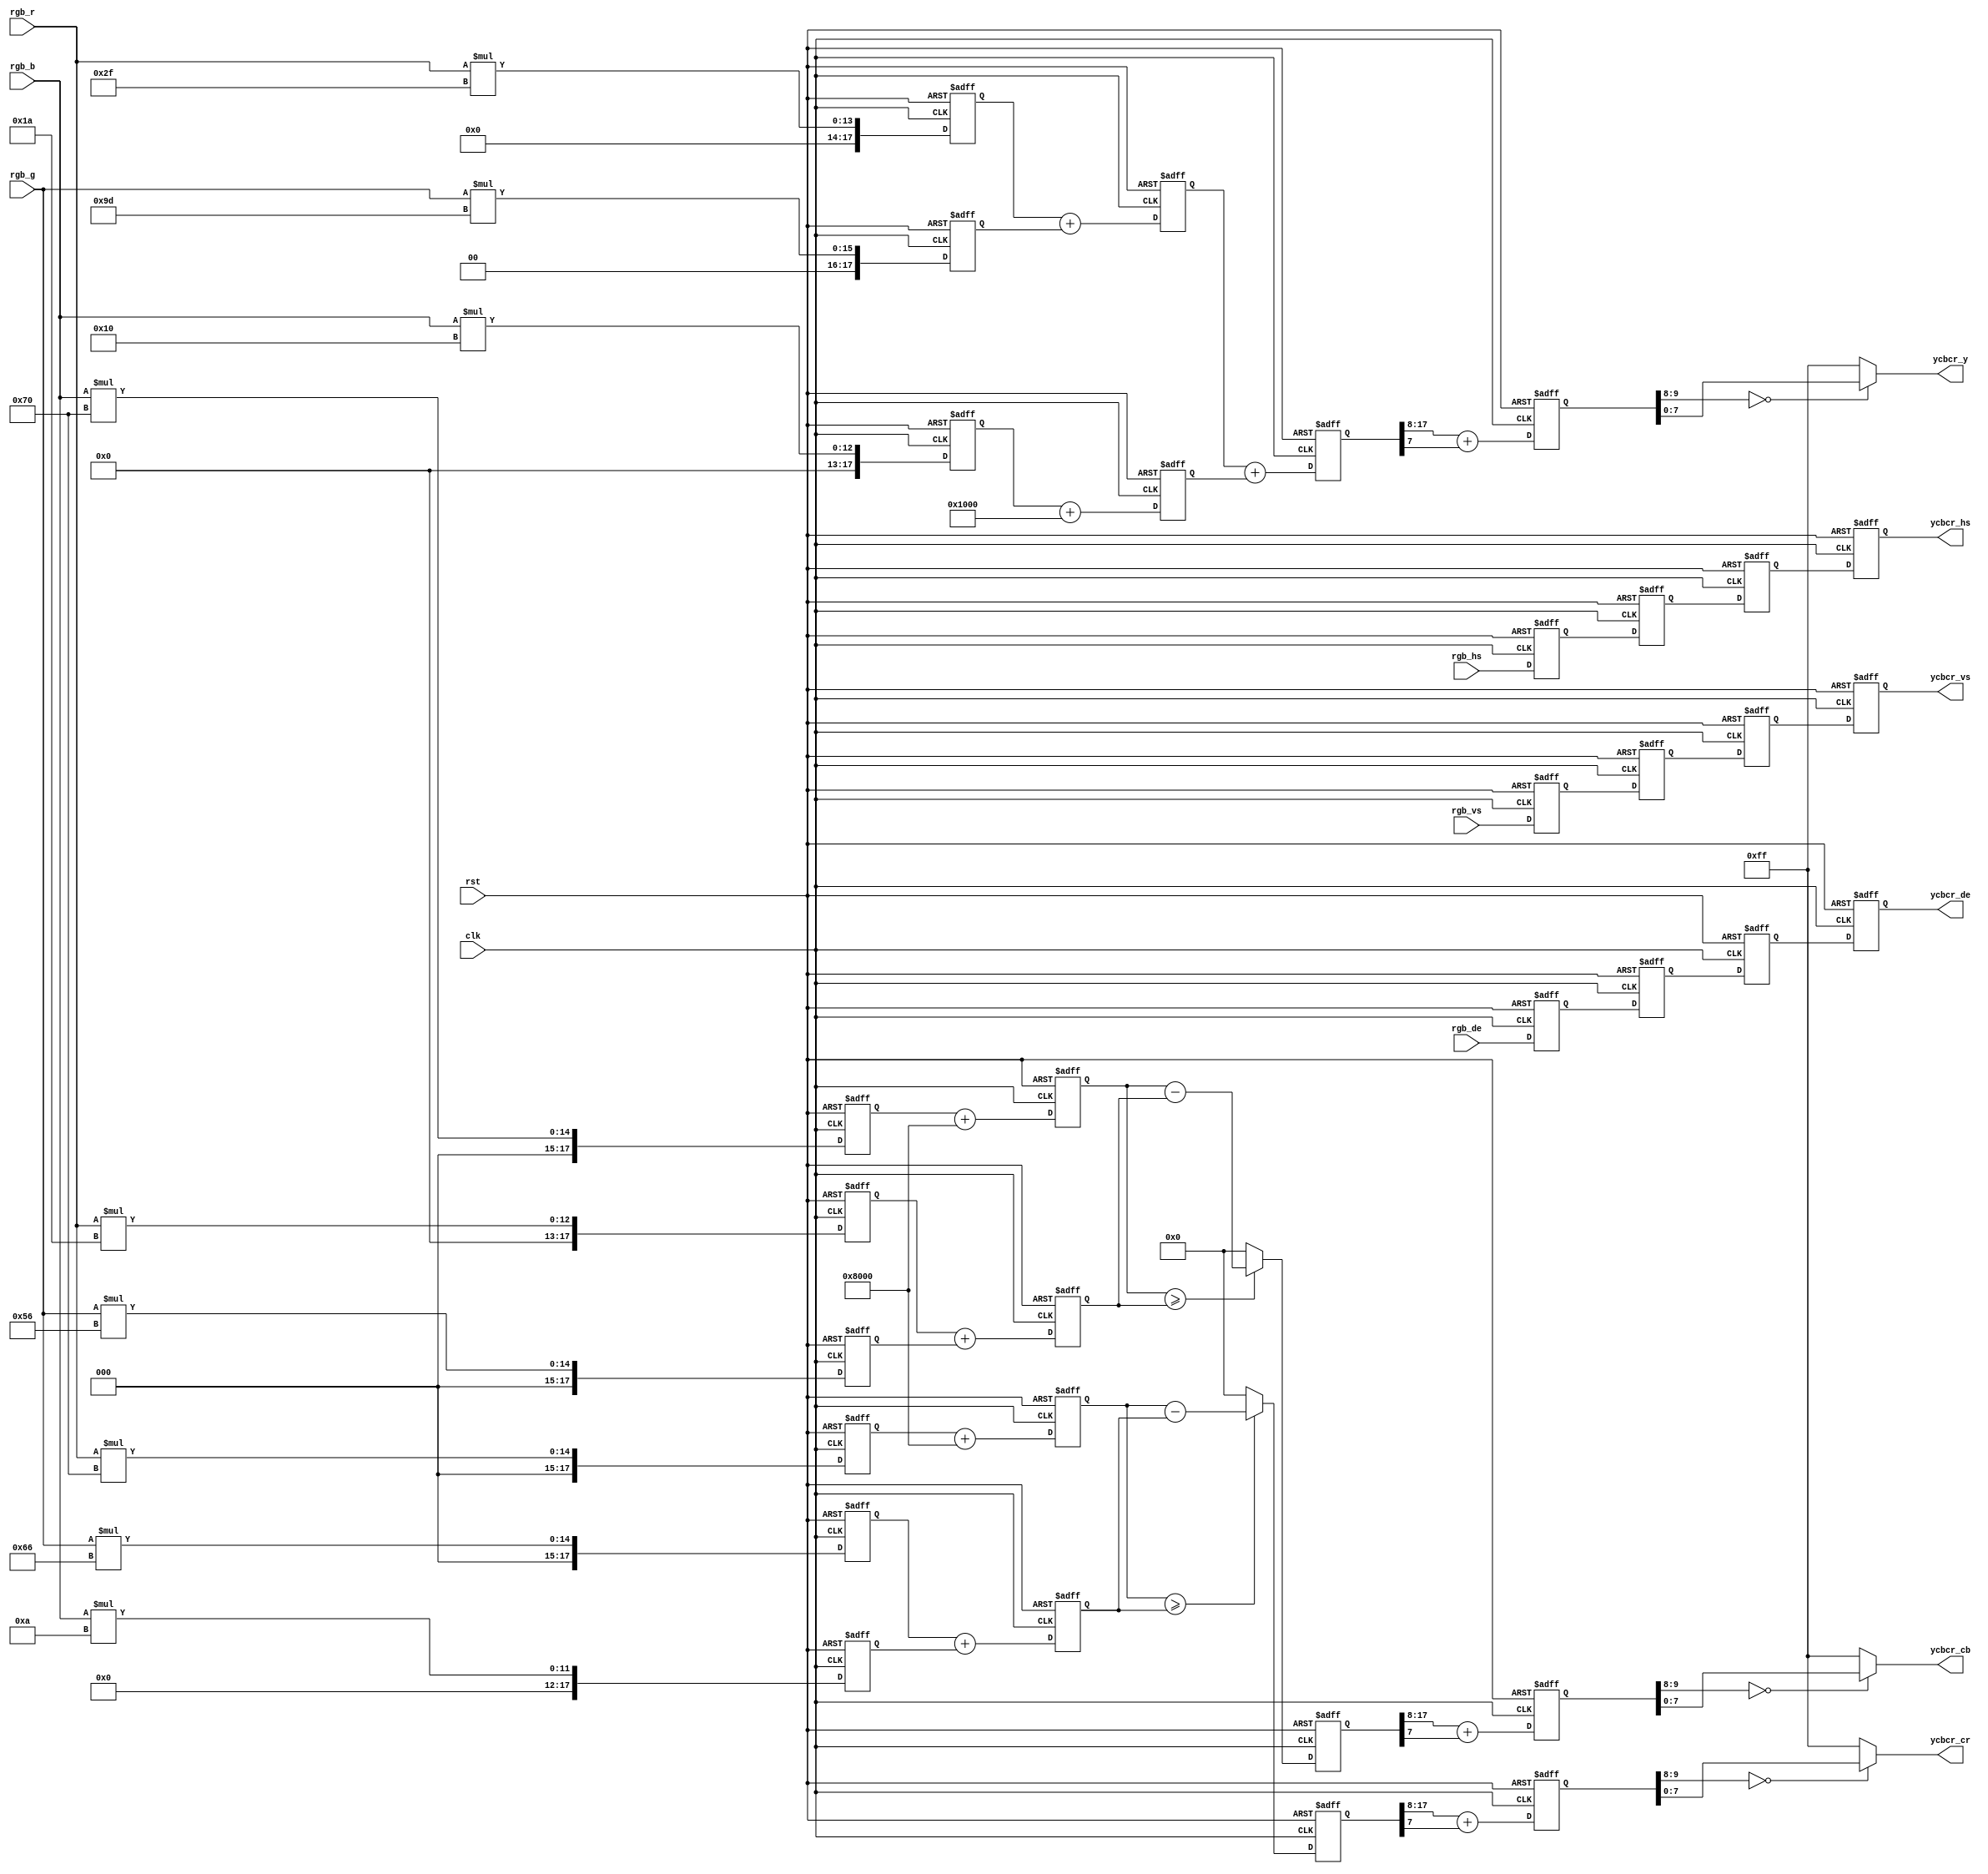
`timescale 1ns/1ps
module  rgb_to_ycbcr(
	input                       clk,
	input                       rst,	
	input[7:0]                  rgb_r,
	input[7:0]                  rgb_g,
	input[7:0]                  rgb_b,
	input                       rgb_hs,
	input                       rgb_vs,
	input                       rgb_de,
	output[7:0]                 ycbcr_y,
	output[7:0]                 ycbcr_cb,
	output[7:0]                 ycbcr_cr,
	output reg                  ycbcr_hs,
	output reg                  ycbcr_vs,
	output reg                  ycbcr_de
);

//multiply 256
parameter para_0183_10b = 10'd47;
parameter para_0614_10b = 10'd157;
parameter para_0062_10b = 10'd16;
parameter para_0101_10b = 10'd26;
parameter para_0338_10b = 10'd86;
parameter para_0439_10b = 10'd112;
parameter para_0399_10b = 10'd102;
parameter para_0040_10b = 10'd10;
parameter para_16_18b   = 18'd4096;
parameter para_128_18b  = 18'd32768;

wire                           sign_cb;
wire                           sign_cr;
reg[17:0]                      mult_r_for_y_18b;
reg[17:0]                      mult_r_for_cb_18b;
reg[17:0]                      mult_r_for_cr_18b;
reg[17:0]                      mult_g_for_y_18b;
reg[17:0]                      mult_g_for_cb_18b;
reg[17:0]                      mult_g_for_cr_18b;
reg[17:0]                      mult_b_for_y_18b;
reg[17:0]                      mult_b_for_cb_18b;
reg[17:0]                      mult_b_for_cr_18b;
reg[17:0]                      add_y_0_18b;
reg[17:0]                      add_cb_0_18b;
reg[17:0]                      add_cr_0_18b;
reg[17:0]                      add_y_1_18b;
reg[17:0]                      add_cb_1_18b;
reg[17:0]                      add_cr_1_18b;
reg[17:0]                      result_y_18b;
reg[17:0]                      result_cb_18b;
reg[17:0]                      result_cr_18b;
reg[9:0]                       y_tmp;
reg[9:0]                       cb_tmp;
reg[9:0]                       cr_tmp;
reg                            i_h_sync_delay_1;
reg                            i_v_sync_delay_1;
reg                            i_data_en_delay_1;
reg                            i_h_sync_delay_2;
reg                            i_v_sync_delay_2;
reg                            i_data_en_delay_2;
reg                            i_h_sync_delay_3;
reg                            i_v_sync_delay_3;
reg                            i_data_en_delay_3;
//LV1 pipeline : mult
always@(posedge clk or posedge rst)
begin
	if(rst == 1'b1)
	begin
		mult_r_for_y_18b <= 18'd0;
		mult_r_for_cb_18b <= 18'd0;
		mult_r_for_cr_18b <= 18'd0;
	end
	else
	begin
		mult_r_for_y_18b <= rgb_r * para_0183_10b;
		mult_r_for_cb_18b <= rgb_r * para_0101_10b;
		mult_r_for_cr_18b <= rgb_r * para_0439_10b;
	end
end

always@(posedge clk or posedge rst)
begin
	if(rst == 1'b1)
	begin
		mult_g_for_y_18b <= 18'd0;
		mult_g_for_cb_18b <= 18'd0;
		mult_g_for_cr_18b <= 18'd0;
	end
	else
	begin
		mult_g_for_y_18b <= rgb_g * para_0614_10b;
		mult_g_for_cb_18b <= rgb_g * para_0338_10b;
		mult_g_for_cr_18b <= rgb_g * para_0399_10b;
	end
end

always@(posedge clk or posedge rst)
begin
	if(rst == 1'b1)
	begin
		mult_b_for_y_18b <= 18'd0;
		mult_b_for_cb_18b <= 18'd0;
		mult_b_for_cr_18b <= 18'd0;
	end
	else
	begin
		mult_b_for_y_18b <= rgb_b * para_0062_10b;
		mult_b_for_cb_18b <= rgb_b * para_0439_10b;
		mult_b_for_cr_18b <= rgb_b * para_0040_10b;
	end
end
//LV2 pipeline : add
always@(posedge clk or posedge rst)
begin
	if(rst == 1'b1)
	begin
		add_y_0_18b <= 18'd0;
		add_cb_0_18b <= 18'd0;
		add_cr_0_18b <= 18'd0;
		add_y_1_18b <= 18'd0;
		add_cb_1_18b <= 18'd0;
		add_cr_1_18b <= 18'd0;
	end
	else
	begin
		add_y_0_18b <= mult_r_for_y_18b + mult_g_for_y_18b;
		add_y_1_18b <= mult_b_for_y_18b + para_16_18b;
		add_cb_0_18b <= mult_b_for_cb_18b + para_128_18b;
		add_cb_1_18b <= mult_r_for_cb_18b + mult_g_for_cb_18b;
		add_cr_0_18b <= mult_r_for_cr_18b + para_128_18b;
		add_cr_1_18b <= mult_g_for_cr_18b + mult_b_for_cr_18b;
	end
end
//LV3 pipeline : y + cb + cr

assign  sign_cb = (add_cb_0_18b >= add_cb_1_18b);
assign  sign_cr = (add_cr_0_18b >= add_cr_1_18b);
always@(posedge clk or posedge rst)
begin
	if(rst == 1'b1)
	begin
		result_y_18b <= 18'd0;
		result_cb_18b <= 18'd0;
		result_cr_18b <= 18'd0;
	end
	else
	begin
		result_y_18b <= add_y_0_18b + add_y_1_18b;
		result_cb_18b <= sign_cb ? (add_cb_0_18b - add_cb_1_18b) : 18'd0;
		result_cr_18b <= sign_cr ? (add_cr_0_18b - add_cr_1_18b) : 18'd0;
	end
end

always@(posedge clk or posedge rst)
begin
	if(rst == 1'b1)
	begin
		y_tmp <= 10'd0;
		cb_tmp <= 10'd0;
		cr_tmp <= 10'd0;
	end
	else
	begin
		y_tmp <= result_y_18b[17:8] + {9'd0,result_y_18b[7]};
		cb_tmp <= result_cb_18b[17:8] + {9'd0,result_cb_18b[7]};
		cr_tmp <= result_cr_18b[17:8] + {9'd0,result_cr_18b[7]};
	end
end

//output
assign  ycbcr_y      = (y_tmp[9:8] == 2'b00) ? y_tmp[7 : 0] : 8'hFF;
assign  ycbcr_cb     = (cb_tmp[9:8] == 2'b00) ? cb_tmp[7 : 0] : 8'hFF;
assign  ycbcr_cr     = (cr_tmp[9:8] == 2'b00) ? cr_tmp[7 : 0] : 8'hFF;

always@(posedge clk or posedge rst)
begin
	if(rst == 1'b1)
	begin
		i_h_sync_delay_1 <= 1'b0;
		i_v_sync_delay_1 <= 1'b0;
		i_data_en_delay_1 <= 1'b0;
		i_h_sync_delay_2 <= 1'b0;
		i_v_sync_delay_2 <= 1'b0;
		i_data_en_delay_2 <= 1'b0;
		i_h_sync_delay_3 <= 1'b0;
		i_v_sync_delay_3 <= 1'b0;
		i_data_en_delay_3 <= 1'b0;
		ycbcr_hs <= 1'b0;
		ycbcr_vs <= 1'b0;
		ycbcr_de <= 1'b0;
	end
	else
	begin
		i_h_sync_delay_1 <= rgb_hs;
		i_v_sync_delay_1 <= rgb_vs;
		i_data_en_delay_1 <= rgb_de;
		i_h_sync_delay_2 <= i_h_sync_delay_1;
		i_v_sync_delay_2 <= i_v_sync_delay_1;
		i_data_en_delay_2 <= i_data_en_delay_1;
		i_h_sync_delay_3 <= i_h_sync_delay_2;
		i_v_sync_delay_3 <= i_v_sync_delay_2;
		i_data_en_delay_3 <= i_data_en_delay_2;
		ycbcr_hs <= i_h_sync_delay_3;
		ycbcr_vs <= i_v_sync_delay_3;
		ycbcr_de <= i_data_en_delay_3;
	end
	
end
/********************************************************************************************/
endmodule